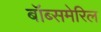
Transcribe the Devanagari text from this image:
बॉब्समेरिल